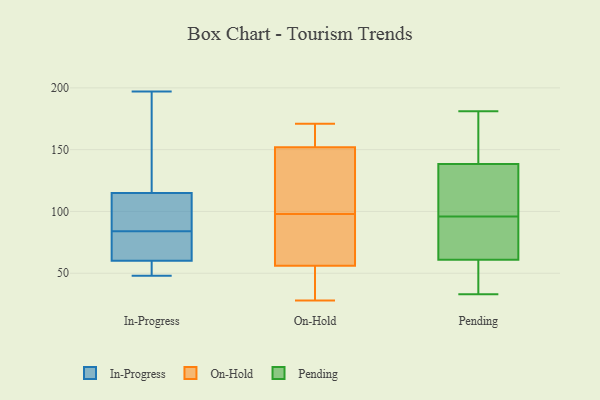
{"axis": {"x": "Satisfaction Score", "y": "Value"}, "legend": ["In-Progress", "On-Hold", "Pending"], "data": [{"x": "", "y": 48, "type": "In-Progress"}, {"x": "", "y": 78, "type": "In-Progress"}, {"x": "", "y": 49, "type": "In-Progress"}, {"x": "", "y": 138, "type": "In-Progress"}, {"x": "", "y": 82, "type": "In-Progress"}, {"x": "", "y": 92, "type": "In-Progress"}, {"x": "", "y": 90, "type": "In-Progress"}, {"x": "", "y": 65, "type": "In-Progress"}, {"x": "", "y": 197, "type": "In-Progress"}, {"x": "", "y": 194, "type": "In-Progress"}, {"x": "", "y": 55, "type": "In-Progress"}, {"x": "", "y": 86, "type": "In-Progress"}, {"x": "", "y": 106, "type": "On-Hold"}, {"x": "", "y": 28, "type": "On-Hold"}, {"x": "", "y": 168, "type": "On-Hold"}, {"x": "", "y": 33, "type": "On-Hold"}, {"x": "", "y": 75, "type": "On-Hold"}, {"x": "", "y": 73, "type": "On-Hold"}, {"x": "", "y": 158, "type": "On-Hold"}, {"x": "", "y": 171, "type": "On-Hold"}, {"x": "", "y": 59, "type": "On-Hold"}, {"x": "", "y": 134, "type": "On-Hold"}, {"x": "", "y": 98, "type": "On-Hold"}, {"x": "", "y": 117, "type": "On-Hold"}, {"x": "", "y": 158, "type": "On-Hold"}, {"x": "", "y": 52, "type": "On-Hold"}, {"x": "", "y": 55, "type": "On-Hold"}, {"x": "", "y": 90, "type": "Pending"}, {"x": "", "y": 171, "type": "Pending"}, {"x": "", "y": 33, "type": "Pending"}, {"x": "", "y": 96, "type": "Pending"}, {"x": "", "y": 79, "type": "Pending"}, {"x": "", "y": 55, "type": "Pending"}, {"x": "", "y": 137, "type": "Pending"}, {"x": "", "y": 139, "type": "Pending"}, {"x": "", "y": 108, "type": "Pending"}, {"x": "", "y": 181, "type": "Pending"}, {"x": "", "y": 39, "type": "Pending"}]}